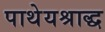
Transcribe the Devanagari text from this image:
पाथेयश्राद्ध